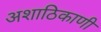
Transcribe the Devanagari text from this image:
अशाठिकाणी